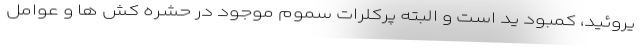
یروئید، کمبود یُد است و البته پرکلرات سموم موجود در حشره کش ها و عوامل